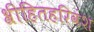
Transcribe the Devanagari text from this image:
श्रीहितहरिवंश